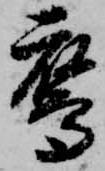
鷹